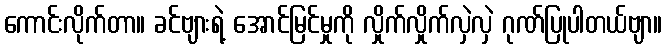
ကောင်းလိုက်တာ။ ခင်ဗျားရဲ့ အောင်မြင်မှုကို လှိုက်လှိုက်လှဲလှဲ ဂုဏ်ပြုပါတယ်ဗျာ။